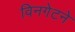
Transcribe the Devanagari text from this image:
विनगेटने